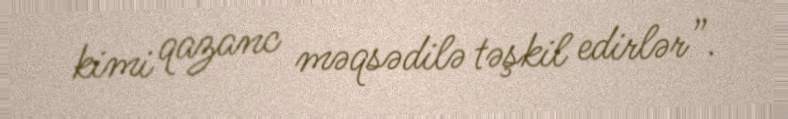
kimi qazanc məqsədilə təşkil edirlər”.